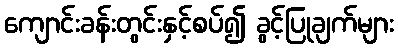
ကျောင်းခန်းတွင်းနှင့်စပ်၍ ခွင့်ပြုချက်များ